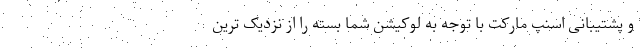
و پشتیبانی اسنپ مارکت با توجه به لوکیشن شما بسته را از نزدیک ترین